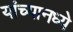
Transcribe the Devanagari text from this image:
यांच्यानध्ये